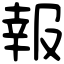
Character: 報